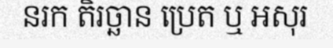
នរក តិរច្ឆាន ប្រេត ឬ អសុរ